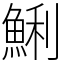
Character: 鯏